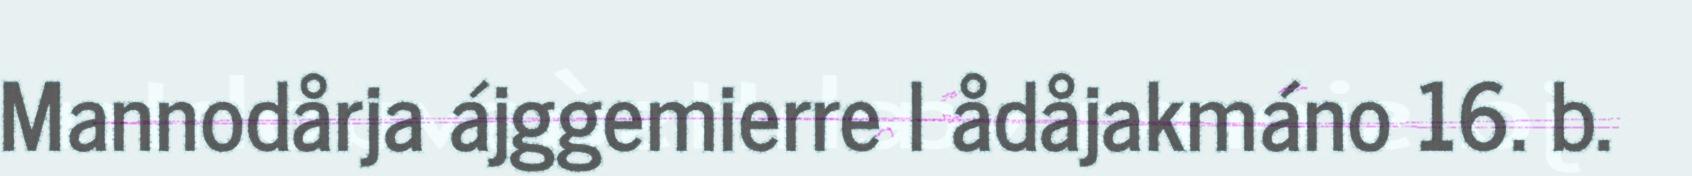
Mannodårja ájggemierre l ådåjakmáno 16. b.